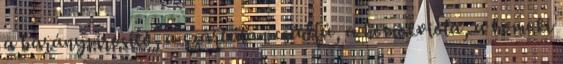
a báránypirosító, a szártalan csűdfű, a homokviola, a homoki